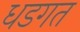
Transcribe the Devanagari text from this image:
धडगत